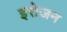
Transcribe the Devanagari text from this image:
इरोजन